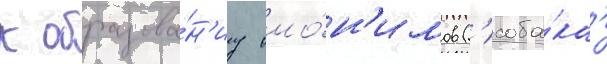
к образова́н'иу омо́н'имов ('соба́ка'